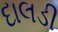
દાલડી